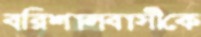
বরিশালবাসীকে